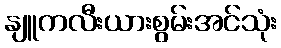
နျူကလီးယားစွမ်းအင်သုံး